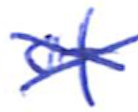
Text: of
Cross-out: mix
Writing tool: ballpoint